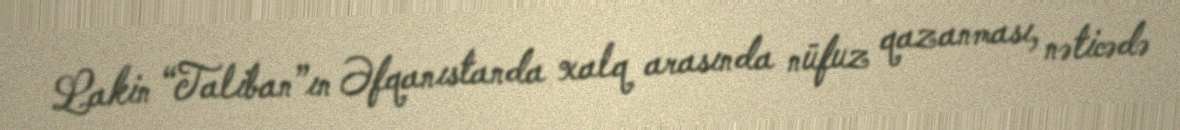
Lakin “Taliban”ın Əfqanıstanda xalq arasında nüfuz qazanması, nəticədə